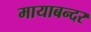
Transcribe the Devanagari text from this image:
मायाबन्दर